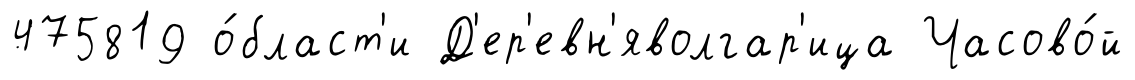
475819 о́бласт'и Д'ер'евн'яволгар'ица Часово́й